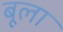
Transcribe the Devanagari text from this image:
बूला